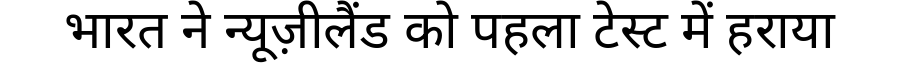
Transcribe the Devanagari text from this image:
भारत ने न्यूज़ीलैंड को पहला टेस्ट में हराया